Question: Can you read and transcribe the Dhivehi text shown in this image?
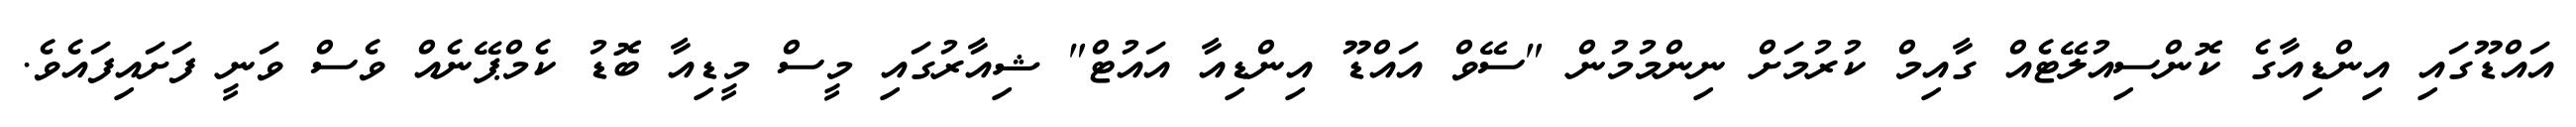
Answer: އައްޑޫގައި އިންޑިއާގެ ކޮންސިއުލޭޓެއް ގާއިމް ކުރުމަށް ނިންމުމުން "ސޭވް އައްޑޫ އިންޑިއާ އައުޓް" ޝިއާރުގައި މީސް މީޑިއާ ބޮޑު ކެމްޕޭނެއް ވެސް ވަނީ ފަށައިފައެވެ.